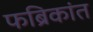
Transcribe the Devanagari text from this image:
फब्रिकांत